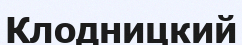
Клодницкий